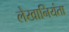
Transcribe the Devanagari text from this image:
लेखानियंता